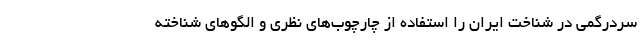
سردرگمی در شناخت ایران را استفاده از چارچوب‌های نظری و الگوهای شناخته